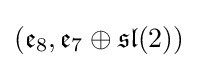
({\mathfrak {e}}_{8},{\mathfrak {e}}_{7}\oplus {\mathfrak {sl}}(2))